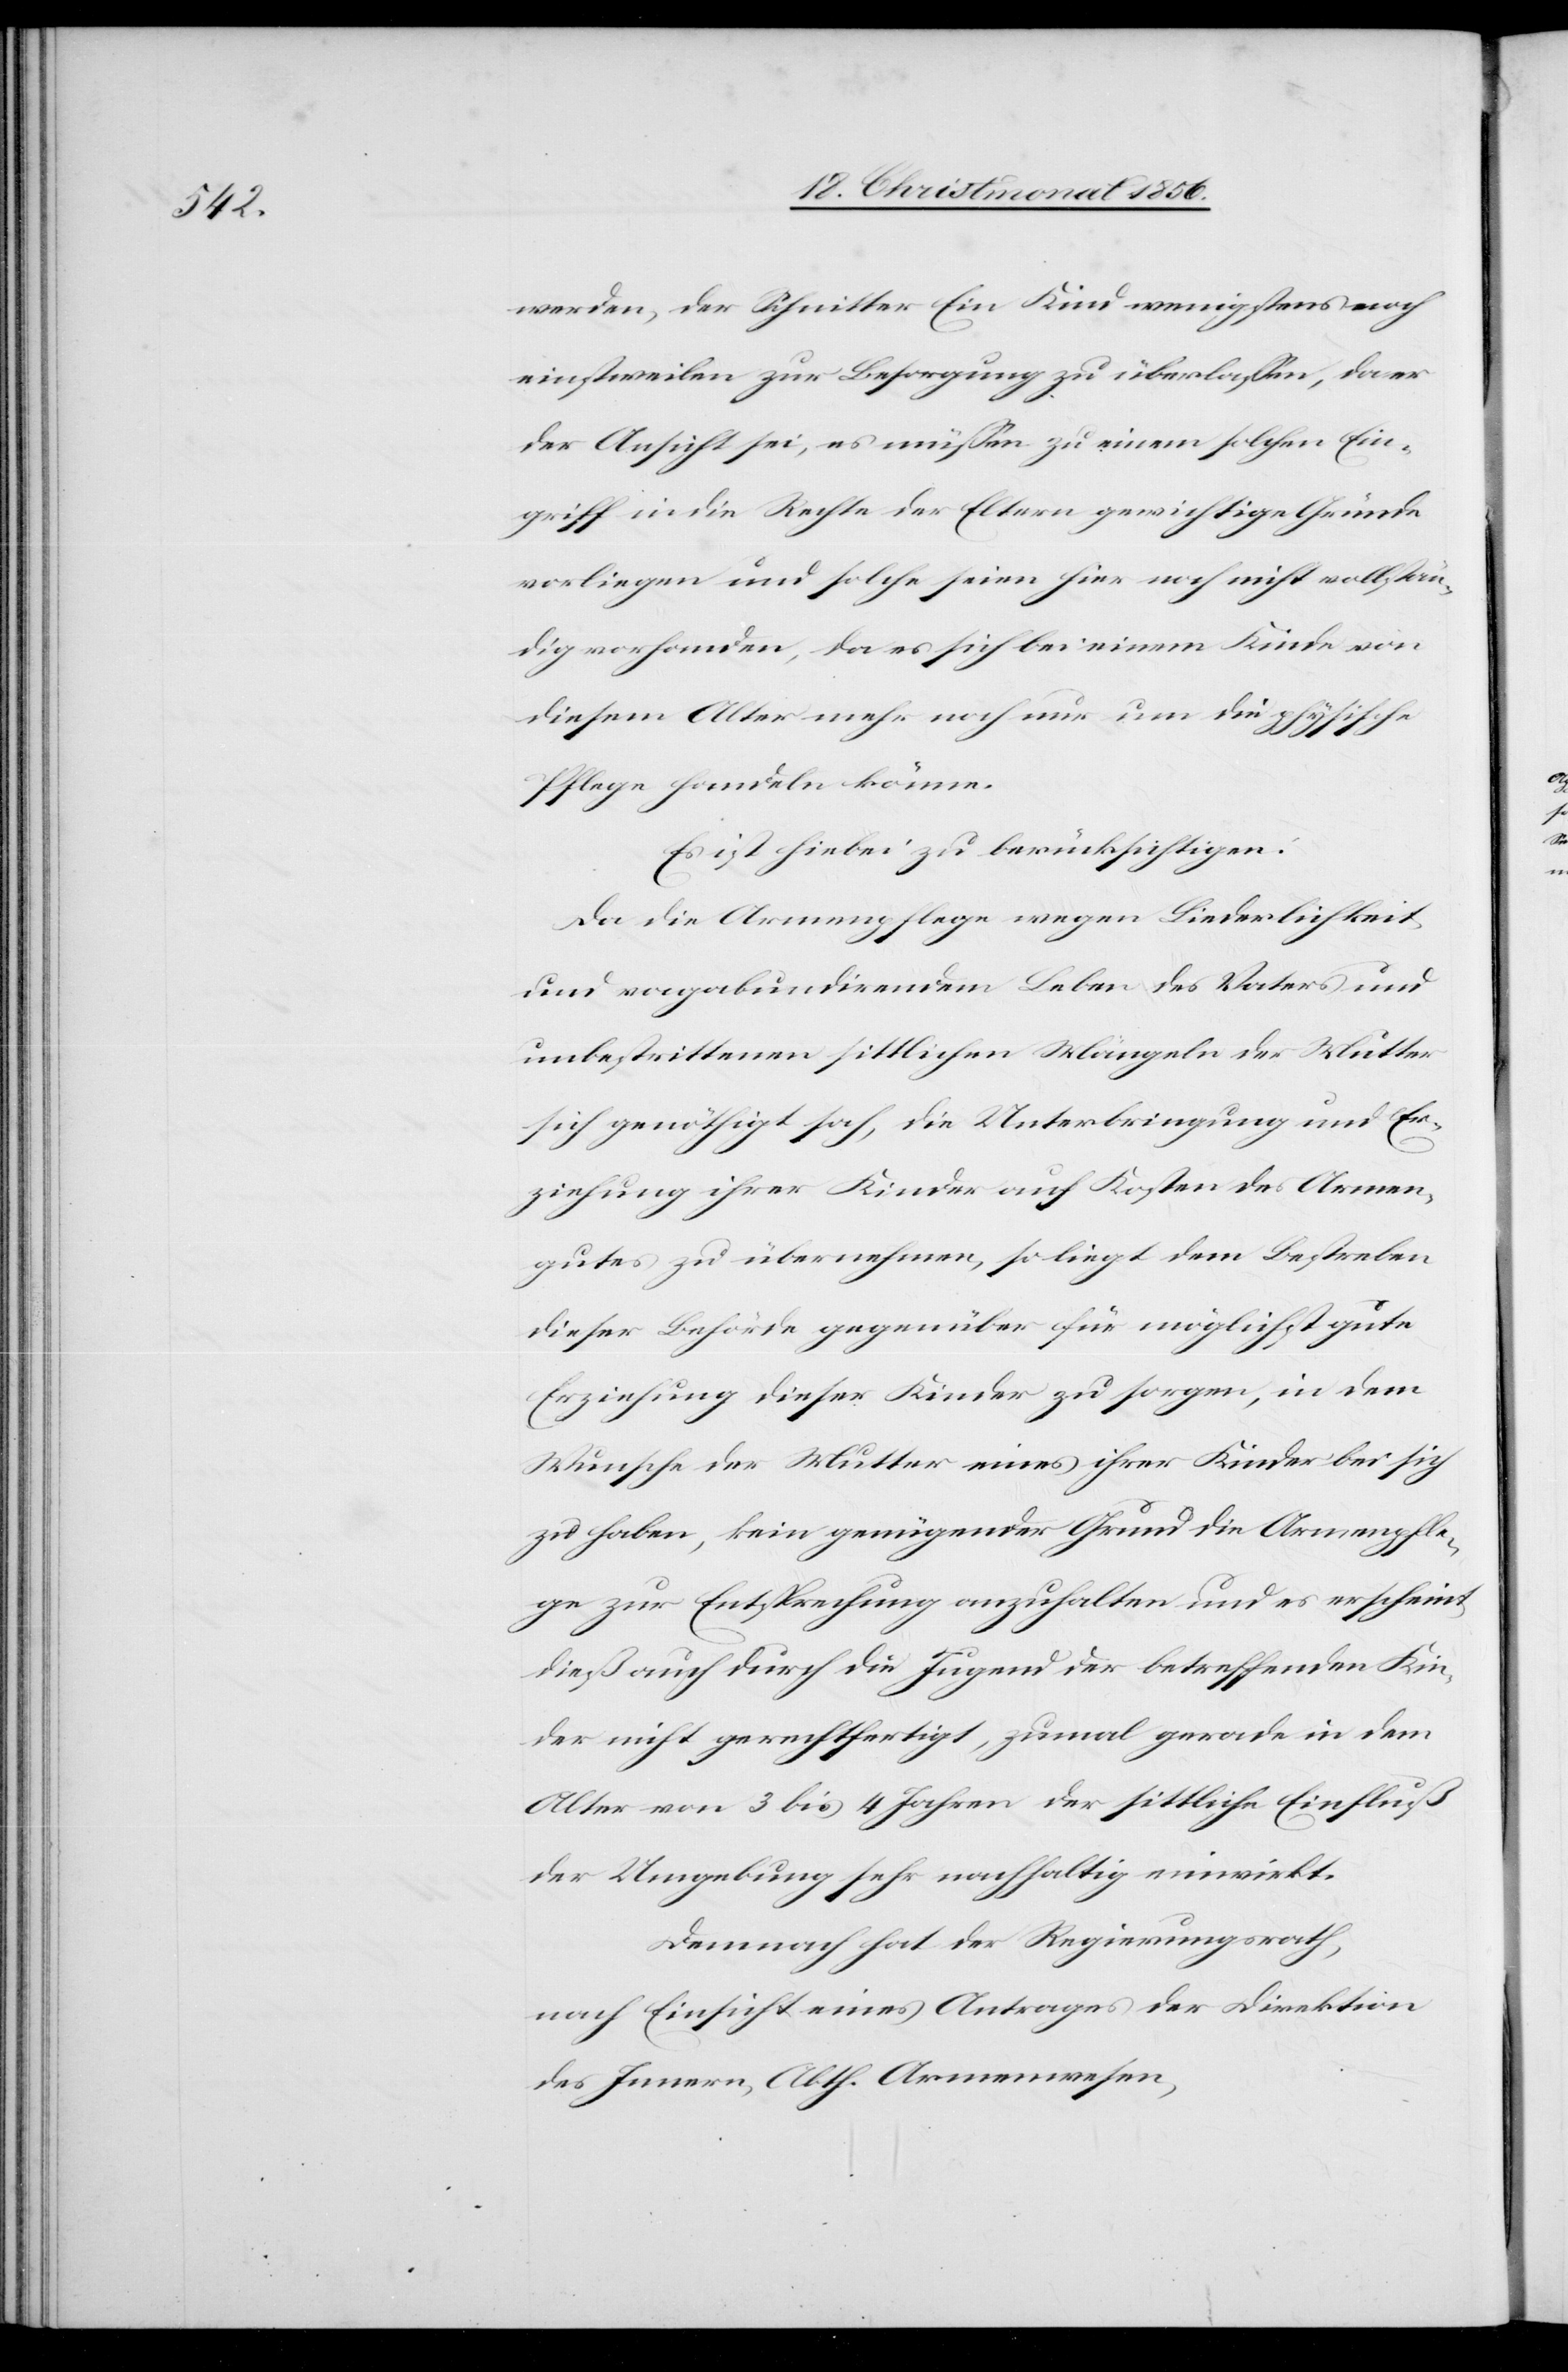
werden, der Schnitter Ein Kind wenigstens noch
einstweilen zur Besorgung zu überlassen, da er
der Ansicht sei, es müssen zu einem solchen Ein¬
griff in die Rechte der Eltern gewichtige Gründe
vorliegen und solche seien hier noch nicht vollstän¬
dig vorhanden, da es sich bei einem Kinde von
diesem Alter mehr noch nur um die
Pflege handeln könne.
Es ist hiebei zu berücksichtigen:
Da die Armenpflege wegen Liederlichkeit
und vagabundirendem Leben des Vaters und
unbestrittenen sittlichen Mängeln der Mutter
sich genöthigt sah, die Unterbringung und Er¬
ziehung ihrer Kinder auf Kosten des Armen¬
gutes zu übernehmen, so liegt dem Bestreben
dieser Behörde gegenüber für möglichst gute
Erziehung dieser Kinder zu sorgen, in dem
Wunsche der Mutter eines ihrer Kinder bei sich
zu haben, kein genügender Grund die Armenpfle¬
ge zur Entsprechung anzuhalten und es erscheint
dieß auch durch die Jugend der betreffenden Kin¬
der nicht gerechtfertigt, zumal gerade in dem
Alter von 3 bis 4 Jahren der sittliche Einfluß
der Umgebung sehr nachhaltig einwirkt.
Demnach hat der Regierungsrath,
nach Einsicht eines Antrages der Direktion
des Innern, Abth. Armenwesen,